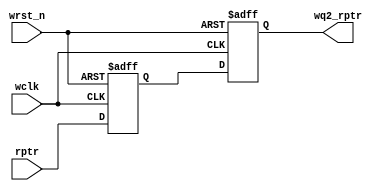
module sync_r2w (wq2_rptr, rptr, wclk, wrst_n); 

parameter ADDRSIZE = 9;

output reg [ADDRSIZE:0] wq2_rptr;
input [ADDRSIZE:0] rptr;
input wclk, wrst_n;

reg [ADDRSIZE:0] wq1_rptr;

always @(posedge wclk or negedge wrst_n)
begin

if (!wrst_n) {wq2_rptr,wq1_rptr} <= 0;
else {wq2_rptr,wq1_rptr} <= {wq1_rptr,rptr};

end

endmodule